Civil Veterinary Department Bihar reports 1940-50 - 1940-1950
Year: 1940
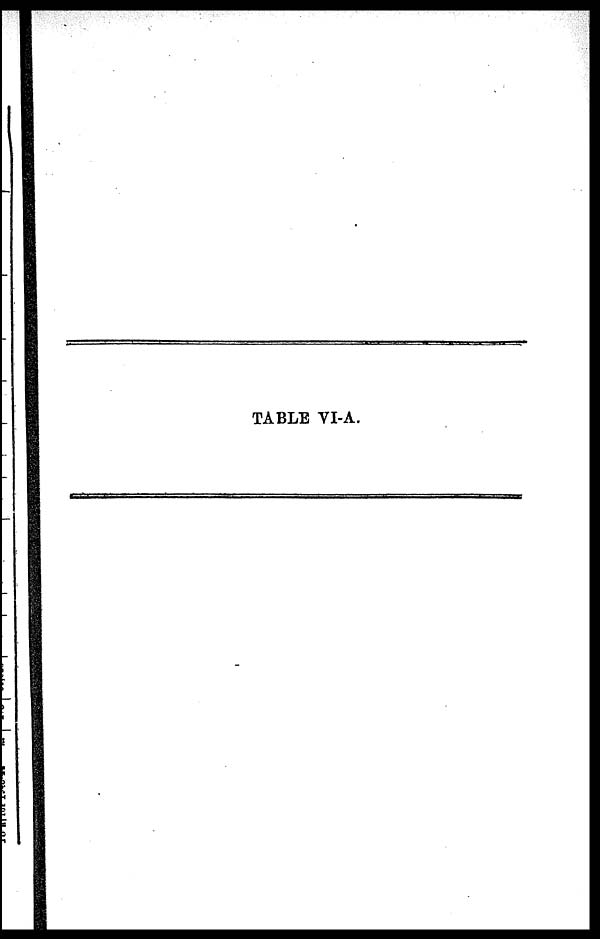
TABLE VI-A.